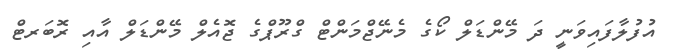
އުފުލާފައިވަނީ ދަ މޭންޑަލް ކޯގެ މެނޭޖްމަންޓް ގްރޫޕްގެ ޖޮއެލް މޭންޑަލް އާއި ރޮބަރޓް